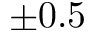
\pm 0 . 5